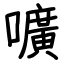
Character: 嚝